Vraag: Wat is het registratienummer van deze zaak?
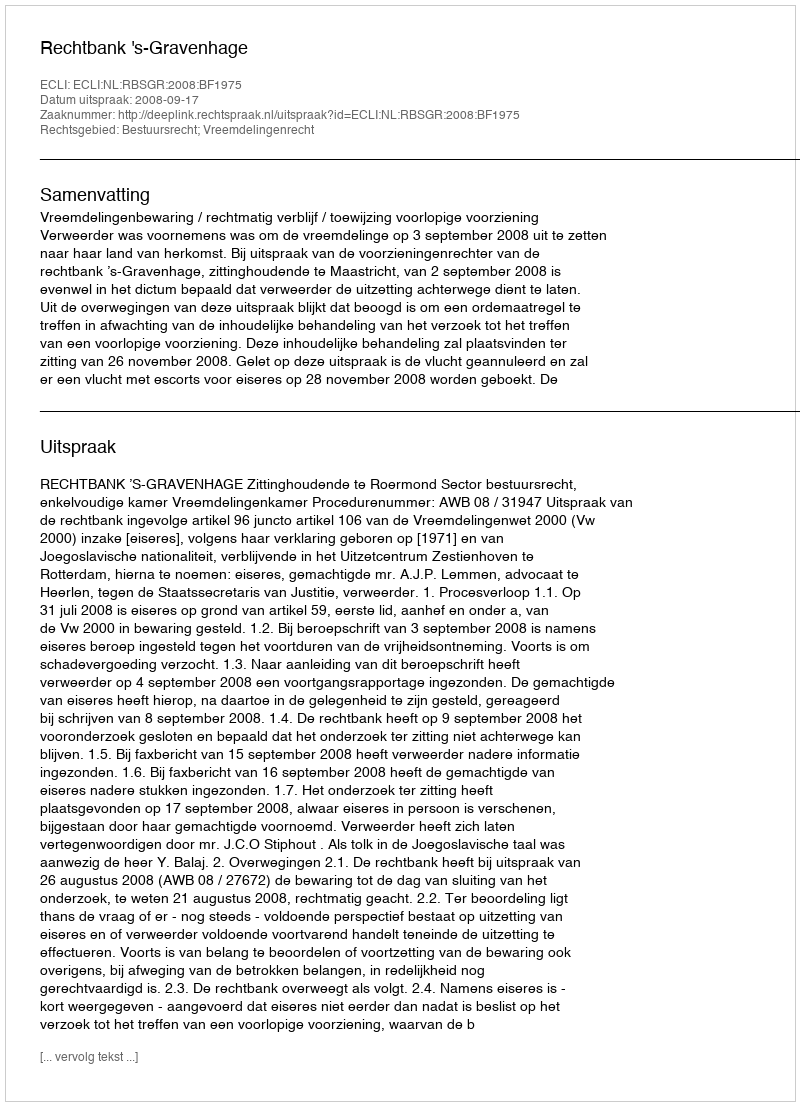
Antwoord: http://deeplink.rechtspraak.nl/uitspraak?id=ECLI:NL:RBSGR:2008:BF1975